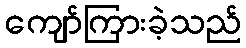
ကျော်ကြားခဲ့သည်